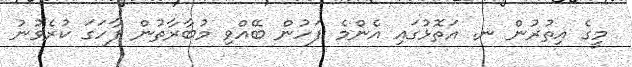
މީގެ އިތުރުން ނ. އަތޮޅުގައި އެންމެ ފަހުން ބޭއްވި މުބާރާތުން ފާހަގަ ކުރެވުނު